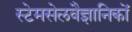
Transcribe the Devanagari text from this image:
स्टेमसेलवैज्ञानिकों